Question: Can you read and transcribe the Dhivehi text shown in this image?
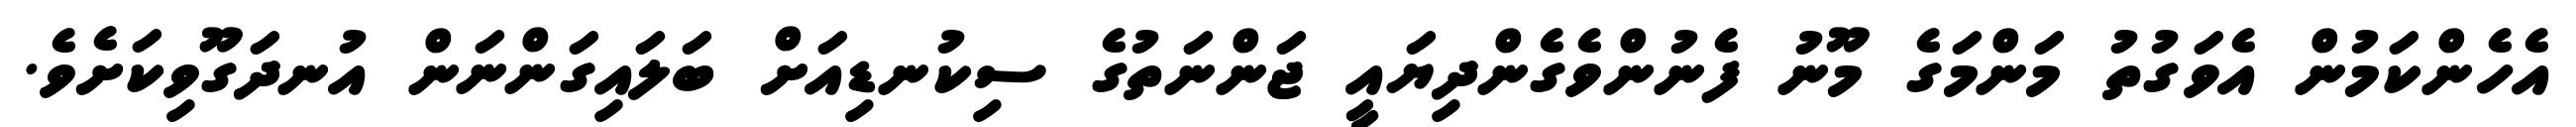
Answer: އެހެންކަމުން އެވަގުތު މަންމަގެ މޫނު ފެނުންވެގެންދިޔައީ ޖަންނަތުގެ ސިކުނޑިއަށް ބަލައިގަންނަން އުނދަގޫވިކަށެވެ.